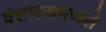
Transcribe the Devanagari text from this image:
वंशजसमजले